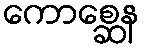
ကောစ္ဆေန